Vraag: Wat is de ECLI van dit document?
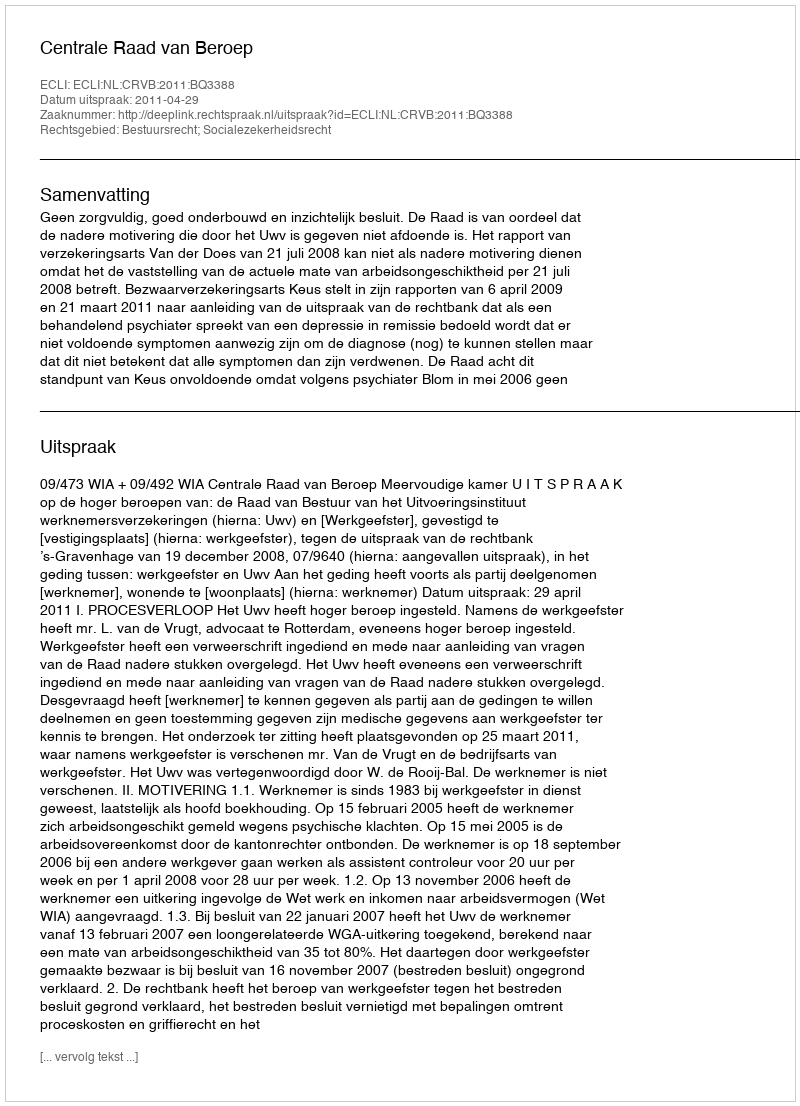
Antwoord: ECLI:NL:CRVB:2011:BQ3388